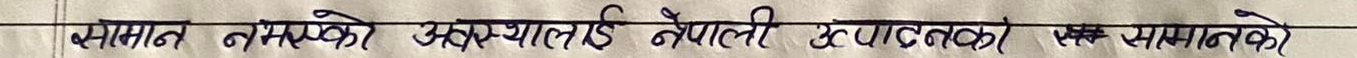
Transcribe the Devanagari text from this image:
समान जम्मो अवस्थालाई नेपाली उत्पादक र एक समाजको